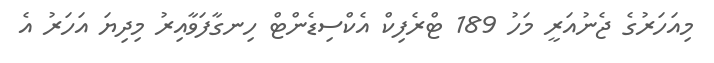
މިއަހަރުގެ ޖެނުއަރީ މަހު 189 ޓްރެފިކް އެކްސިޑެންޓް ހިނގާފަވާއިރު މިދިޔަ އަހަރު އެ